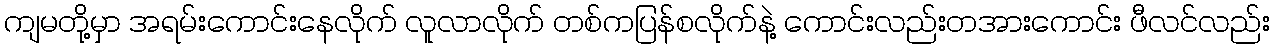
ကျမတို့မှာ အရမ်းကောင်းနေလိုက် လူလာလိုက် တစ်ကပြန်စလိုက်နဲ့ ကောင်းလည်းတအားကောင်း ဖီလင်လည်း